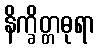
နိက္ခိတ္တဓုရာ